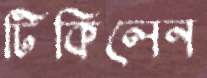
টিকিলেন